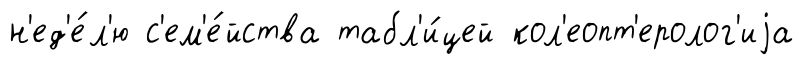
н'ед'е́л'ю с'ем'е́йства табл'и́цей кол'еопт'еролог'иjа